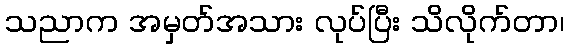
သညာက အမှတ်အသား လုပ်ပြီး သိလိုက်တာ၊